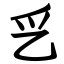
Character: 㐍